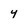
Character: Y